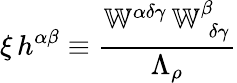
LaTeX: \xi\, h^{\alpha\beta}\equiv\frac{\mathbb{W}^{\alpha\delta\gamma}\, \mathbb{W}_{\; \delta\gamma}^{\beta}}{\Lambda_{\rho}}